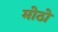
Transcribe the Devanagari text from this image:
मोठो